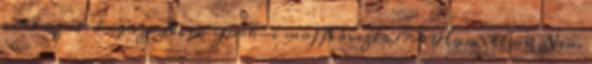
volt az első igazi New York-i maffiavezér 17:49Hamilton: Nem